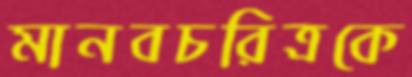
মানবচরিত্রকে